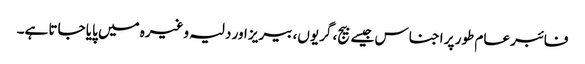
فائبر عام طور پر اجناس جیسے بیج، گریوں، بیریز اور دلیہ وغیرہ میں پایا جاتا ہے۔